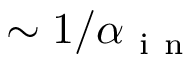
\sim 1 / \alpha _ { \mathrm { ~ i ~ n ~ } }